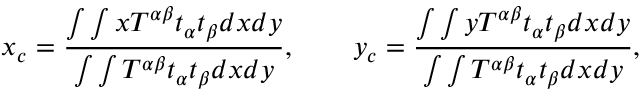
x _ { c } = \frac { \int \int x T ^ { \alpha \beta } t _ { \alpha } t _ { \beta } d x d y } { \int \int T ^ { \alpha \beta } t _ { \alpha } t _ { \beta } d x d y } , \qquad y _ { c } = \frac { \int \int y T ^ { \alpha \beta } t _ { \alpha } t _ { \beta } d x d y } { \int \int T ^ { \alpha \beta } t _ { \alpha } t _ { \beta } d x d y } ,